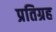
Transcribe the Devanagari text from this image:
प्रतिग्रह